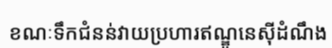
ខណៈទឹកជំនន់វាយប្រហារឥណ្ឌូនេស៊ីដំណឹង